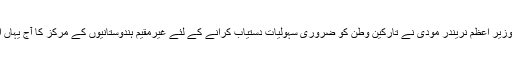
قبل ازیں وزیر اعظم نریندر مودی نے تارکین وطن کو ضروری سہولیات دستیاب کرانے کے لئے غیرمقیم ہندوستانیوں کے مرکز کا آج یہاں افتتاح کیا۔